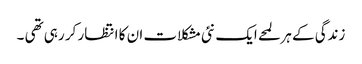
زندگی کے ہر لمحے ایک نئی مشکلات ان کا انتظار کر رہی تھی ۔